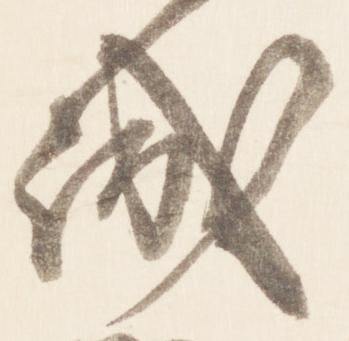
誠